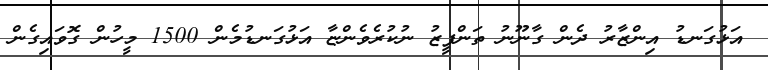
އަޅުގަނޑު އިންޒާރު ދެން ގާނޫނު ތަންފީޒު ނުކުރެވެންޏާ އަޅުގަނޑުމެން 1500 މީހުން ގޮވައިގެން